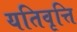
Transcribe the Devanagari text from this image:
यतिवृत्ति